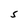
Character: S